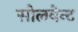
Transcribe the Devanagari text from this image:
सोलवेन्ट